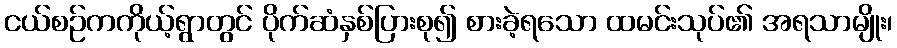
ငယ်စဉ်ကကိုယ့်ရွာတွင် ပိုက်ဆံနှစ်ပြားစု၍ စားခဲ့ရသော ထမင်းသုပ်၏ အရသာမျိုး၊